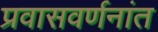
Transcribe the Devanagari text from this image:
प्रवासवर्णनांत